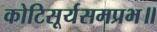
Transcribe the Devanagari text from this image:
कोटिसूर्यसमप्रभ॥